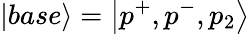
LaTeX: \left|base\right\rangle=\left|p^{+},p^{-},p_{2}\right\rangle